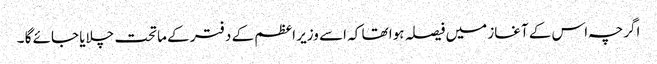
اگرچہ اس کے آغاز میں فیصلہ ہوا تھا کہ اسے وزیر اعظم کے دفتر کے ماتحت چلایا جائے گا ۔